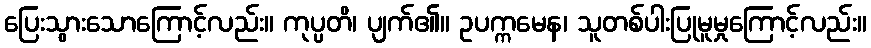
ပြေးသွားသောကြောင့်လည်း။ ကုပ္ပတိ၊ ပျက်၏။ ဥပက္ကမေန၊ သူတစ်ပါးပြုမူမှုကြောင့်လည်း။